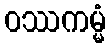
ဝဿကမ္မံ